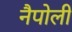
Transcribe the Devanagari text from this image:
नैपोली